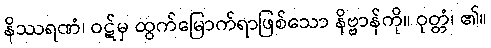
နိဿရဏံ၊ ဝဋ်မှ ထွက်မြောက်ရာဖြစ်သော နိဗ္ဗာန်ကို။ ဝုတ္တံ၊ ၏။